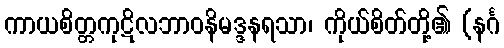
ကာယစိတ္တကုဋိလဘာဝနိမဒ္ဒနရသာ၊ ကိုယ်စိတ်တို့၏ (နင်္ဂ